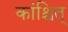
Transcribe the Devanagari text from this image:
कांश्चित्